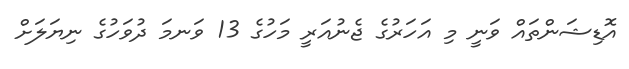
އޮޑިޝަންތައް ވަނީ މި އަހަރުގެ ޖެނުއަރީ މަހުގެ 13 ވަނމަ ދުވަހުގެ ނިޔަލަށް